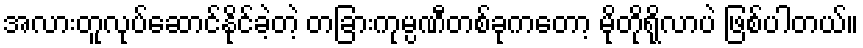
အလားတူလုပ်ဆောင်နိုင်ခဲ့တဲ့ တခြားကုမ္ပဏီတစ်ခုကတော့ မိုတိုရိုလာပဲ ဖြစ်ပါတယ်။